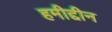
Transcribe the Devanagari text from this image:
हमीद्दीन